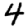
Digit: 4